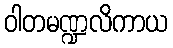
ဝါတမဏ္ဍလိကာယ